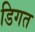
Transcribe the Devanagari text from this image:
डिगत